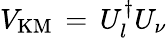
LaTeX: V_{\mathrm{KM}}\, =\, U_{l}^{\dagger}U_{\nu}